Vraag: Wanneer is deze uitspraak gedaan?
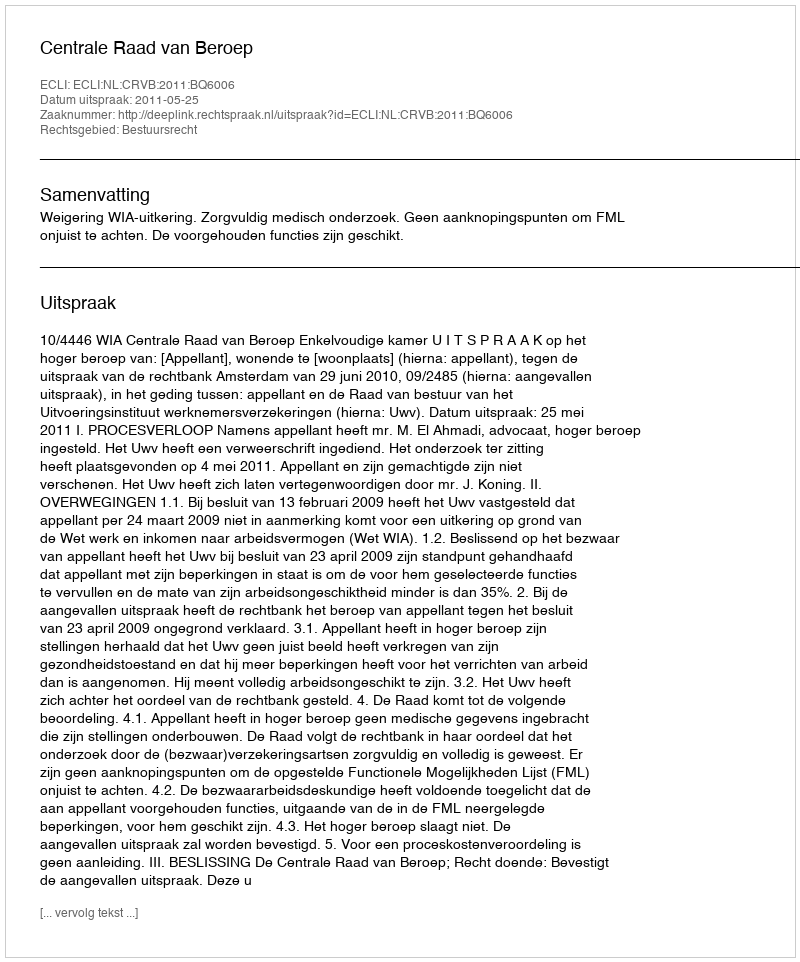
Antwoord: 2011-05-25